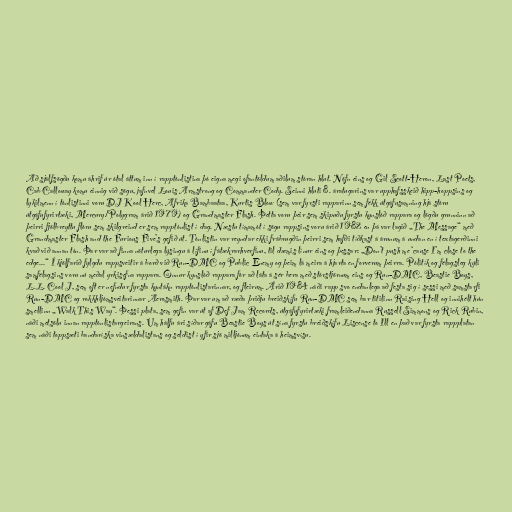
Að sjálfsögðu komu áhrif úr ótal áttum inn í rapptónlistina þó eigna megi ofantöldum aðilum stóran hlut. Nöfn eins og Gil Scott-Heron, Last Poets,
Cab Calloway komu einnig við sögu, jafnvel Louis Armstrong og Commander Cody. Seinni hluti 8. áratugarins var upphafsskeið hipp-hoppsins og
lykilmenn í tónlistinni voru DJ Kool Herc, Afrika Bambaataa, Kurtis Blow (sem var fyrsti rapparinn sem fékk útgáfusamning hjá stóru
útgáfufyrirtæki, Mercury/Polygram árið 1979) og Grandmaster Flash. Þetta voru þeir sem skipuðu fyrstu kynslóð rappara og lögðu grunninn að
þeirri fjölbreyttu flóru sem skilgreind er sem rapptónlist í dag. Næstu tímamót í sögu rappsins voru árið 1982 en þá var lagið „The Message“ með
Grandmaster Flash and the Furious Five’s gefið út. Tónlistin var reyndar ekki frábrugðin þeirri sem hafði tíðkast á árunum á undan en í textagerðinni
kvað við annan tón. Þar var að finna nöturlega lýsingu á lífinu í fátækrarhverfinu, til dæmis línur eins og þessar: „Don’t push me ‘cause I’m close to the
edge...“ Í kjölfarið fylgdu rappsveitir á borð við Run-DMC og Public Enemy og þeim lá meira á hjarta en forverum þeirra. Pólitík og félagsleg kýli
samfélagsins voru nú meðal yrkisefna rappara. Önnur kynslóð rappara fór að láta á sér bera með stórstjörnum eins og Run-DMC, Beastie Boys,
L.L. Cool J, sem oft er nefndur fyrsta kyntákn rapptónlistarinnar, og fleirum. Árið 1984 náði rapp svo endanlega að festa sig í sessi með samstarfi
Run-DMC og rokkhljómsveitarinnar Aerosmith. Þar var um að ræða þriðju breiðskífu Run-DMC sem bar titilinn Raising Hell og innihélt hún
smellinn „Walk This Way“. Þessi plata, sem gefin var út af Def Jam Records, útgáfufyrirtæki framleiðendanna Russell Simmons og Rick Rubin,
náði metsölu innan rapptónlistargeirans. Um hálfu ári síðar gáfu Beastie Boys út sína fyrstu breiðskífu Liscense to Ill en það var fyrsta rappplatan
sem náði toppsæti bandaríska vinsældalistans og seldist í yfir sjö milljónum eintaka á heimsvísu.